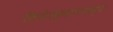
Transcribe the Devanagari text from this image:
सिनेउद्योगामध्ये